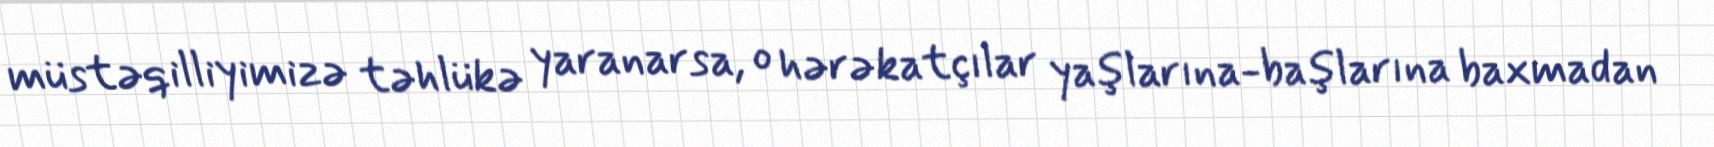
müstəqilliyimizə təhlükə yaranarsa, o hərəkatçılar yaşlarına-başlarına baxmadan